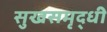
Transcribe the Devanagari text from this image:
सुखसमृद्धी